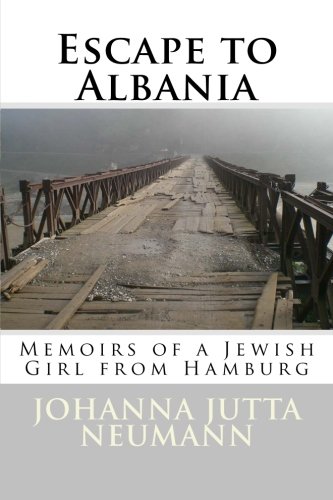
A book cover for Escape to Albania: Memoirs of a Jewish Girl from Hamburg (Albanian Studies) (Volume 24); Johanna Jutta Neumann; Biographies & Memoirs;